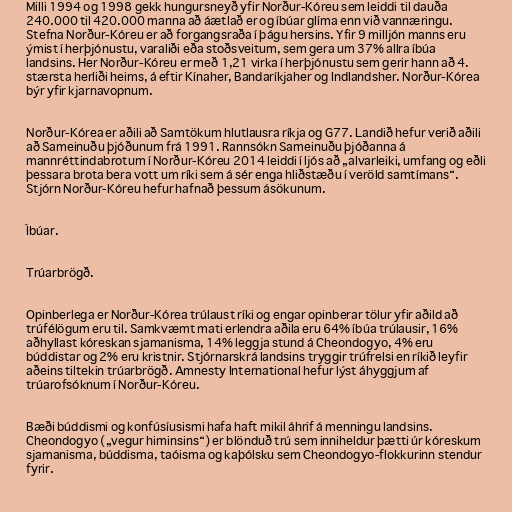
Milli 1994 og 1998 gekk hungursneyð yfir Norður-Kóreu sem leiddi til dauða
240.000 til 420.000 manna að áætlað er og íbúar glíma enn við vannæringu.
Stefna Norður-Kóreu er að forgangsraða í þágu hersins. Yfir 9 milljón manns eru
ýmist í herþjónustu, varaliði eða stoðsveitum, sem gera um 37% allra íbúa
landsins. Her Norður-Kóreu er með 1,21 virka í herþjónustu sem gerir hann að 4.
stærsta herliði heims, á eftir Kínaher, Bandaríkjaher og Indlandsher. Norður-Kórea
býr yfir kjarnavopnum.

Norður-Kórea er aðili að Samtökum hlutlausra ríkja og G77. Landið hefur verið aðili
að Sameinuðu þjóðunum frá 1991. Rannsókn Sameinuðu þjóðanna á
mannréttindabrotum í Norður-Kóreu 2014 leiddi í ljós að „alvarleiki, umfang og eðli
þessara brota bera vott um ríki sem á sér enga hliðstæðu í veröld samtímans“.
Stjórn Norður-Kóreu hefur hafnað þessum ásökunum.

Íbúar.

Trúarbrögð.

Opinberlega er Norður-Kórea trúlaust ríki og engar opinberar tölur yfir aðild að
trúfélögum eru til. Samkvæmt mati erlendra aðila eru 64% íbúa trúlausir, 16%
aðhyllast kóreskan sjamanisma, 14% leggja stund á Cheondogyo, 4% eru
búddistar og 2% eru kristnir. Stjórnarskrá landsins tryggir trúfrelsi en ríkið leyfir
aðeins tiltekin trúarbrögð. Amnesty International hefur lýst áhyggjum af
trúarofsóknum í Norður-Kóreu.

Bæði búddismi og konfúsíusismi hafa haft mikil áhrif á menningu landsins.
Cheondogyo („vegur himinsins“) er blönduð trú sem inniheldur þætti úr kóreskum
sjamanisma, búddisma, taóisma og kaþólsku sem Cheondogyo-flokkurinn stendur
fyrir.